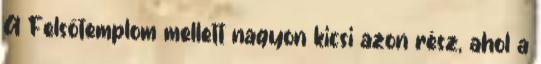
A Felsőtemplom mellett nagyon kicsi azon rész, ahol a